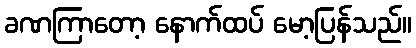
ခဏကြာတော့ နောက်ထပ် မော့ပြန်သည်။